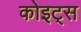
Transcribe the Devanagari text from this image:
कोइट्स